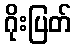
ဂိုးပြတ်